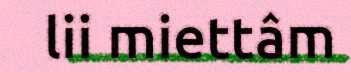
lii miettâm